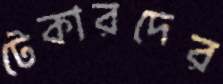
টেকারদের